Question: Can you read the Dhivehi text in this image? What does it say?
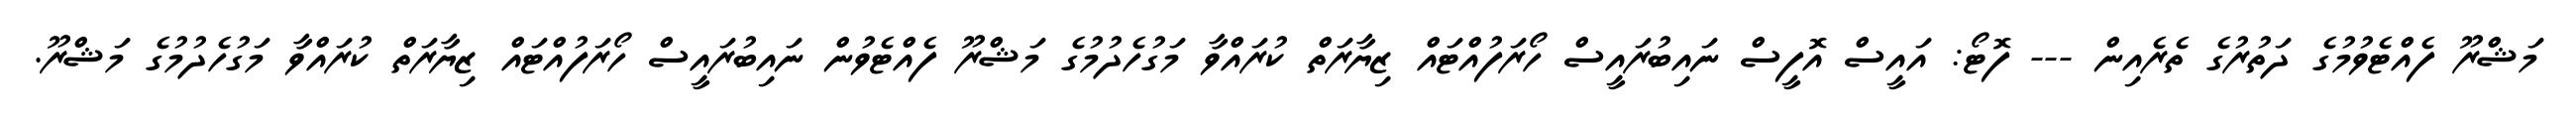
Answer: މަޝްރޫ ފެއްޓެވުމުގެ ދަތުރުގެ ތެރެއިން --- ފޮޓޯ: އައީސް އޮފީސް ނައިބުރައީސް ހޯރަފުއްޓައް ޒިޔާރަތް ކުރައްވާ މަގުހެދުމުގެ މަޝްރޫ ފެއްޓެވުން ނައިބުރައީސް ހޯރަފުއްޓައް ޒިޔާރަތް ކުރައްވާ މަގުހެދުމުގެ މަޝްރޫ.